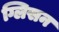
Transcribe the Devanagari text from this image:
ग्लिसन